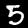
Label: 5